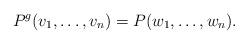
\begin{align*}P^g(v_1, \ldots, v_n)=P(w_1, \ldots, w_n).\end{align*}